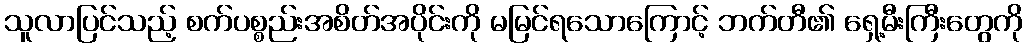
သူလာပြင်သည့် စက်ပစ္စည်းအစိတ်အပိုင်းကို မမြင်ရသောကြောင့် ဘက်တီ၏ ရှေ့မီးကြီးတွေကို